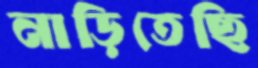
নাড়িতেছি